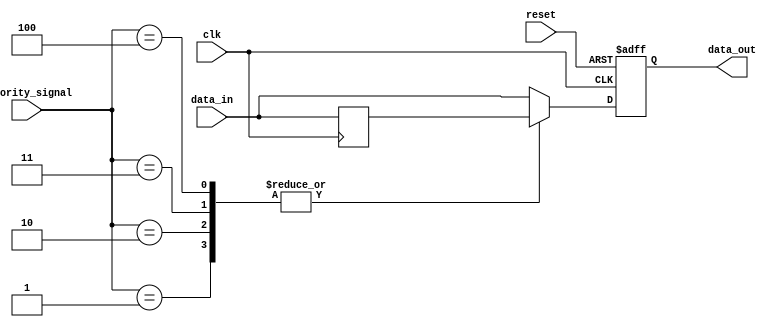
module priority_bypass_register (
    input wire clk,
    input wire reset,
    input wire [3:0] priority_signal,
    input wire [7:0] data_in,
    output reg [7:0] data_out
);

reg [7:0] bypassed_data;

always @(posedge clk or posedge reset) begin
    if(reset) begin
        data_out <= 8'b0;
    end else begin
        case(priority_signal)
            4'b0000: data_out <= data_in; // Bypass all signals
            4'b0001: data_out <= bypassed_data; // Bypass priority 1 signal
            4'b0010: data_out <= bypassed_data; // Bypass priority 2 signal
            4'b0011: data_out <= bypassed_data; // Bypass priority 3 signal
            4'b0100: data_out <= bypassed_data; // Bypass priority 4 signal
            default: data_out <= data_in; // Default to data_in
        endcase
    end
end

always @(posedge clk) begin
    bypassed_data <= data_in;
end

endmodule